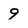
Character: 9